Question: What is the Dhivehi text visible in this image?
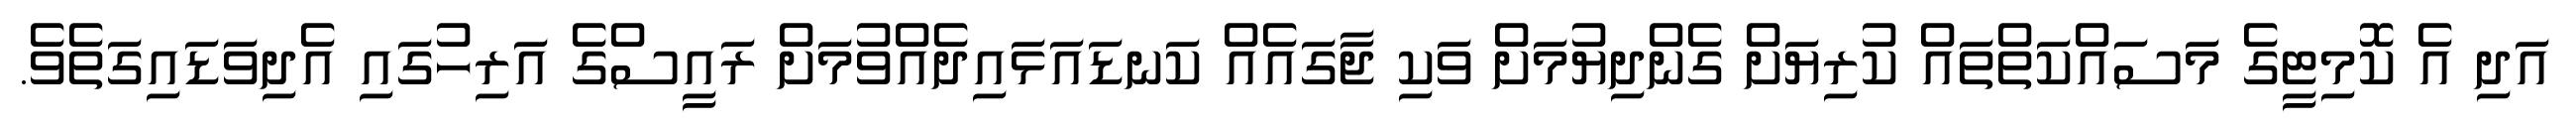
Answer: އަދި އެ ކޮމިޓީގެ މަސައްކަތްތައް ކުރިޔަށް ގެންދިޔުމަށް ވަކި ޖާގައެއް ކަނޑައަޅައިދެއްވުމަށް ރައީސްގެ އަރިހުގައި އެދިވަޑައިގަތެވެ.